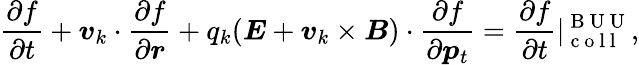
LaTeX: \frac{\partial f}{\partial t}+\boldsymbol{v}_{k}\cdot{\frac{\partial f}{\partial\boldsymbol{r}}}+q_{k}(\boldsymbol{E}+\boldsymbol{v}_{k}\times\boldsymbol{B})\cdot{\frac{\partial f}{\partial\boldsymbol{p}_{t}}}=\frac{\partial f}{\partial t}|_{\mathrm{~c~o~l~l~}}^{\mathrm{~B~U~U~}},